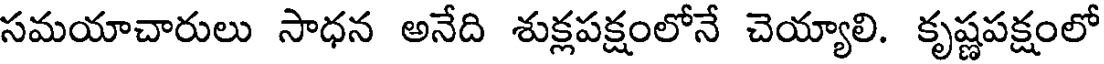
సమయాచారులు సాధన అనేది శుక్లపక్షంలోనే చెయ్యాలి. కృష్ణపక్షంలో